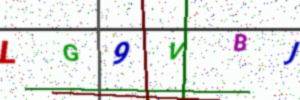
Text: LG9VBJ